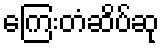
ကြေးတံဆိပ်ဆု